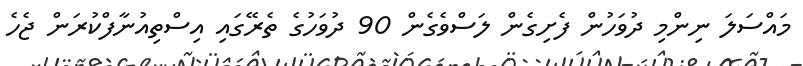
މައްސަލަ ނިންމި ދުވަހުން ފެށިގެން ލަސްވެގެން 90 ދުވަހުގެ ތެރޭގައި އިސްތިއުނާފްކުރަން ޖެހެ